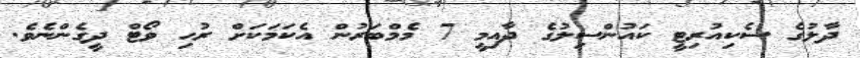
ދާލުގެ ސެކިއުރިޓީ ކައުންސިލުގެ ދާއިމީ 7 މެމްބަރުން އެކަމަކަށް ރުހި ވޯޓް ދީގެންނެވެ.